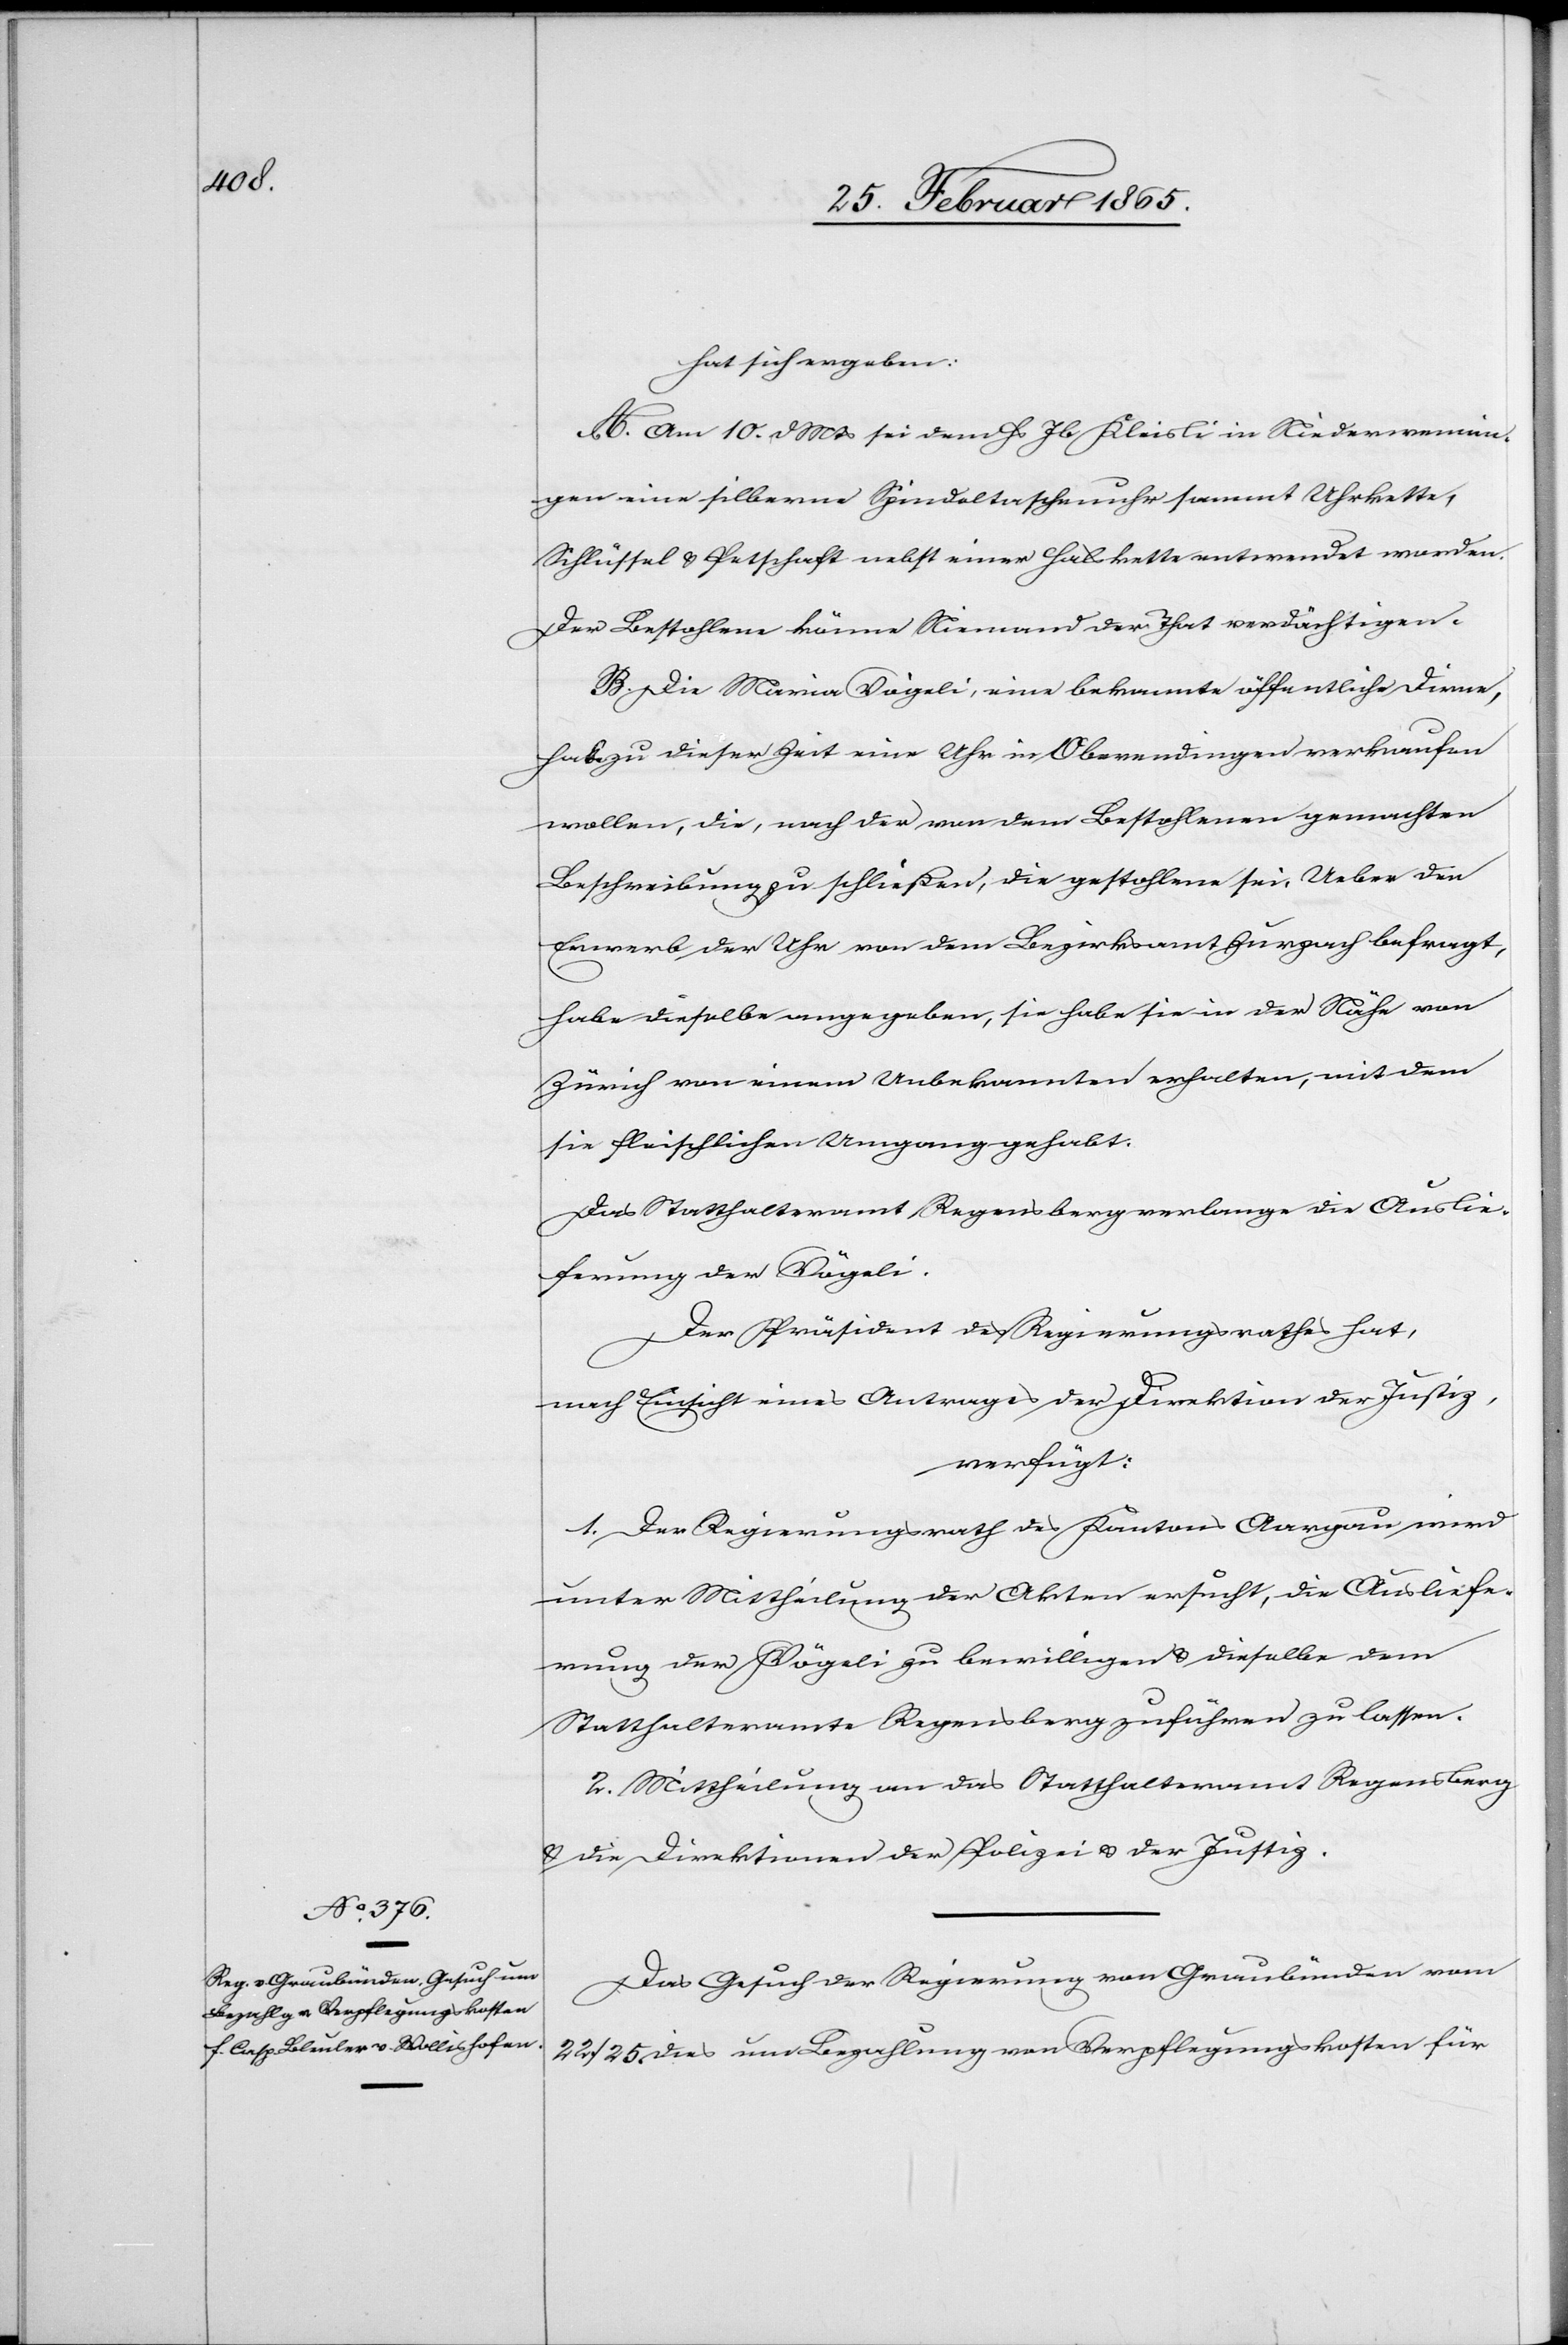
27. Februar 1865.]
hat sich ergeben:
A. Am 10. d. Mts sei dem Hs Jb Kleisli in Niederwenin¬
gen eine silberne Spindeltaschenuhr sammt Uhrkette,
Schlüssel u. Petschaft nebst einer Halskette entwendet worden.
Der Bestohlene könne Niemand der That verdächtigen.
B. Die Maria Vögeli, eine bekannte öffentliche Dirne,
habe zu dieser Zeit eine Uhr in Oberendingen verkaufen
wollen, die, nach der von dem Bestohlenen gemachten
Beschreibung zu schließen, die gestohlene sei. Ueber den
Erwerb der Uhr von dem Bezirksamt Zurzach befragt,
habe dieselbe angegeben, sie habe sie in der Nähe von
Zürich von einem Unbekannten erhalten, mit dem
sie fleischlichen Umgang gehabt.
Das Statthalteramt Regensberg verlange die Auslie¬
ferung der Vögeli.
Der Präsident des Regierungsrathes hat,
nach Einsicht eines Antrages der Direktion der Justiz,
verfügt:
1. Der Regierungsrath des Kantons Aargau wird
unter Mittheilung der Akten ersucht, die Ausliefe¬
rung der Vögeli zu bewilligen u. dieselbe dem
Statthalteramte Regensberg zuführen zu lassen.
2. Mittheilung an das Statthalteramt Regensberg
u. die Direktion der Polizei u. der Justiz.
Das Gesuch der Regierung von Graubünden vom
22./25. dies um Bezahlung von Verpflegungskosten für